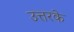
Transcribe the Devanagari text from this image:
उत्तरके